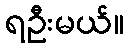
ရဦးမယ်။